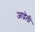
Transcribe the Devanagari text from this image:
जाद्गेली